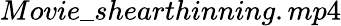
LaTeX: Movie\_ shearthinning.mp4